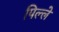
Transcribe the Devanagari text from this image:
पिल्‍ले